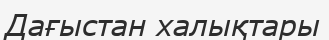
Дағыстан халықтары